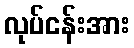
လုပ်ငန်းအား